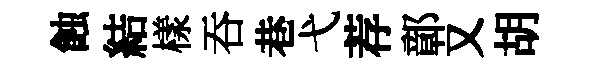
蝕結樣吞巷弋荐鄣又胡